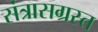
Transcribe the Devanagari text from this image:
संत्रासग्रस्त